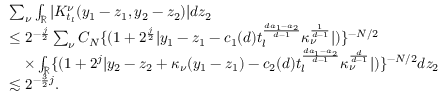
\begin{array} { r l } & { \sum _ { \nu } \int _ { \mathbb { R } } | K _ { t _ { l } } ^ { \nu } ( y _ { 1 } - z _ { 1 } , y _ { 2 } - z _ { 2 } ) | d z _ { 2 } } \\ & { \le 2 ^ { - \frac { j } { 2 } } \sum _ { \nu } C _ { N } \{ ( 1 + 2 ^ { \frac { j } { 2 } } | y _ { 1 } - z _ { 1 } - c _ { 1 } ( d ) t _ { l } ^ { \frac { d a _ { 1 } - a _ { 2 } } { d - 1 } } \kappa _ { \nu } ^ { \frac { 1 } { d - 1 } } | ) \} ^ { - N / 2 } } \\ & { \quad \times \int _ { \mathbb { R } } \{ ( 1 + 2 ^ { j } | y _ { 2 } - z _ { 2 } + \kappa _ { \nu } ( y _ { 1 } - z _ { 1 } ) - c _ { 2 } ( d ) t _ { l } ^ { \frac { d a _ { 1 } - a _ { 2 } } { d - 1 } } \kappa _ { \nu } ^ { \frac { d } { d - 1 } } | ) \} ^ { - N / 2 } d z _ { 2 } } \\ & { \lesssim 2 ^ { - \frac { 3 } { 2 } j } . } \end{array}